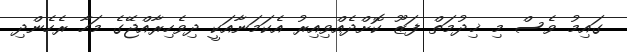
ގައިމު ވެސް މި ޚިދުމަތް ފަޒޫ ކޮށްދެއްވިއިރު އެކަމަނާއަކީ ދިވެހިރާއްޖޭގެ މަހާ ރެހެންދި